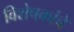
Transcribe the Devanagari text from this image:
विशेषकांचे